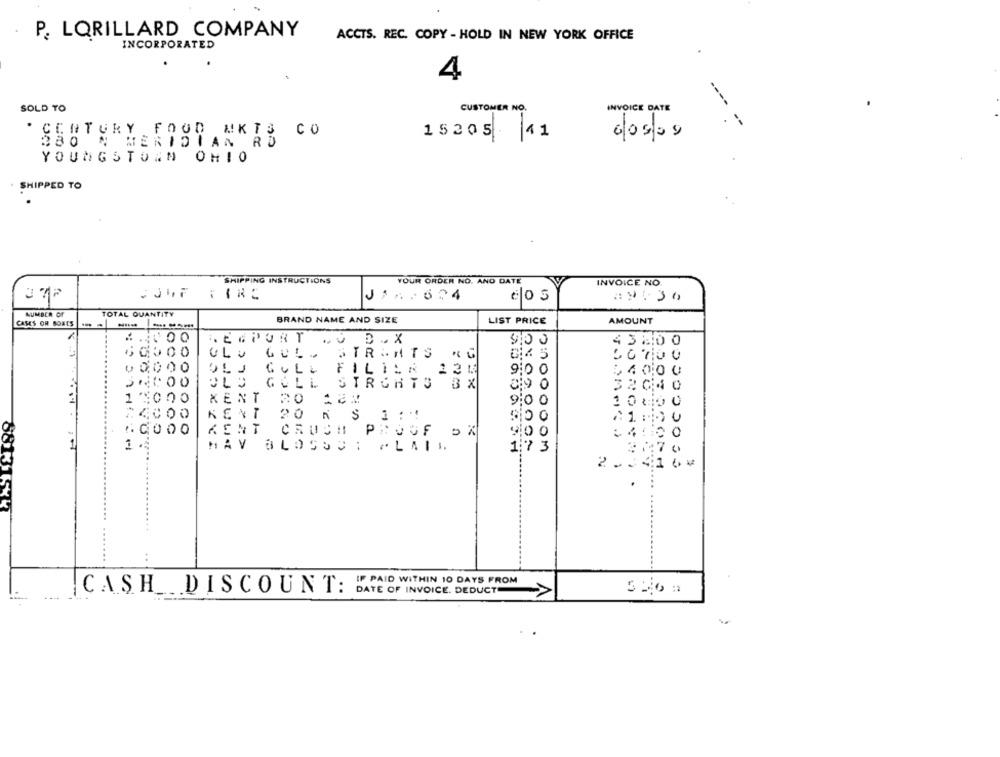
P. LORILLARD COMPANY
ACCTS. REC. COPY - HOLD IN NEW YORK OFFICE
INCORPORATED
4
CUSTOMER NO.
INVOICE DATE
SOLD TO
--
* CENTURY FOOD MKTS CO
15205 11
6/05/09
N MERIDIAN RO
YOUNGSTOWN OHIO
SHIPPED TO
SHIPPING INSTRUCTIONS
YOUR ORDER NO. AND DATE
INVOICE NO.
cos
NUMBER OF
TOTAL QUANTITY
BRAND NAME AND SIZE
CASES OR BONES ...
LIST PRICE
AMOUNT
.V.D.X
4 3 20 0
ULU GUL.
STR.ATS RG
10700
00
OLJ GULL FILIER 131
9:0 0
$4 0.00
OCCO
GULL STRCHTS 3X
32 04
1
KENT
9:0
0
0
KENT 20 N S 1 :"!
U
10000
KENT CRUSH PROOF OX
HAV ALOSSE: FLAIR
17 3
2
8813155
IF PAID WITHIN 10 DAYS FROM
CASH DISCOUNT:
DATE OF INVOICE. DEDUCT